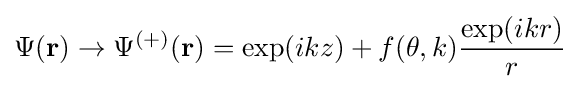
\Psi (\mathbf {r} )\to \Psi ^{(+)}(\mathbf {r} )=\exp(ikz)+f(\theta ,k){\frac {\exp(ikr)}{r}}